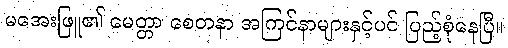
မအေးဖြူ၏ မေတ္တာ စေတနာ အကြင်နာများနှင့်ပင် ပြည့်စုံနေပြီ။